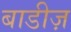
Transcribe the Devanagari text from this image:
बाडीज़